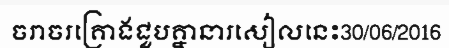
ចរាចរគ្រោងជួបគ្នានារសៀលនេះ30/06/2016